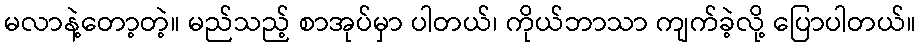
မလာနဲ့တော့တဲ့။ မည်သည့် စာအုပ်မှာ ပါတယ်၊ ကိုယ်ဘာသာ ကျက်ခဲ့လို့ ပြောပါတယ်။